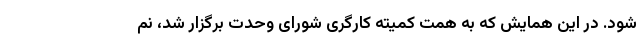
شود. در این همایش که به همت کمیته کارگری شورای وحدت برگزار شد، نم